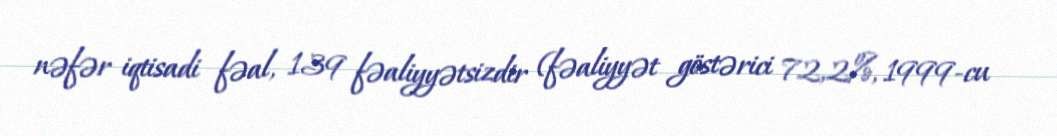
nəfər iqtisadi fəal, 139 fəaliyyətsizdir (fəaliyyət göstərici 72,2%, 1999-cu